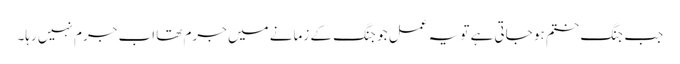
جب جنگ ختم ہو جاتی ہے تو یہ عمل جو جنگ کے زمانے میں جرم تھا اب جرم نہیں رہا۔